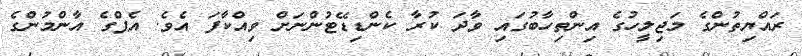
ރައްޔިތުންގެ މަޖިލީހުގެ އިންތިހާބުގައި ވާދަ ކުރާ ކެންޑިޑޭޓުންނަށް ވިއްކާފަ އެވެ. އެޕްގެ އާންމުންގެ